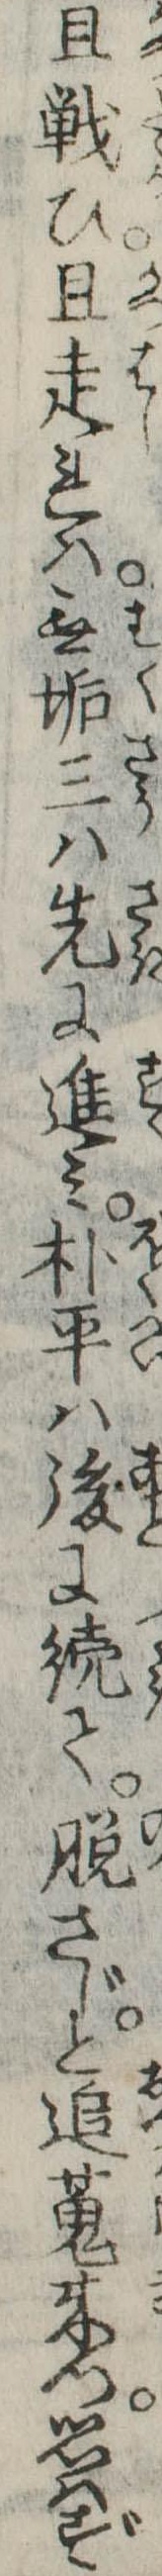
且戦ひ且走れは無垢三は先に進み朴平は後に続て脱さじと追蒐来つ思はず